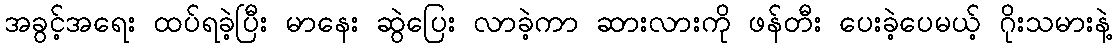
အခွင့်အရေး ထပ်ရခဲ့ပြီး မာနေး ဆွဲပြေး လာခဲ့ကာ ဆားလားကို ဖန်တီး ပေးခဲ့ပေမယ့် ဂိုးသမားနဲ့